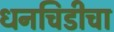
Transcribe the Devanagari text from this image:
धनचिडीचा